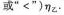
”或”<”)ηz。